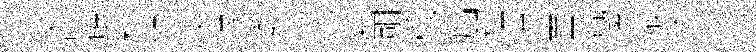
兪觖耕檗交韋蓁桀沁室剛橇扇種持面舂潔掖漆